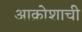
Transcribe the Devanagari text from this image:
आक्रोशाची